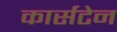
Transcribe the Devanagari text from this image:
कार्सटेन